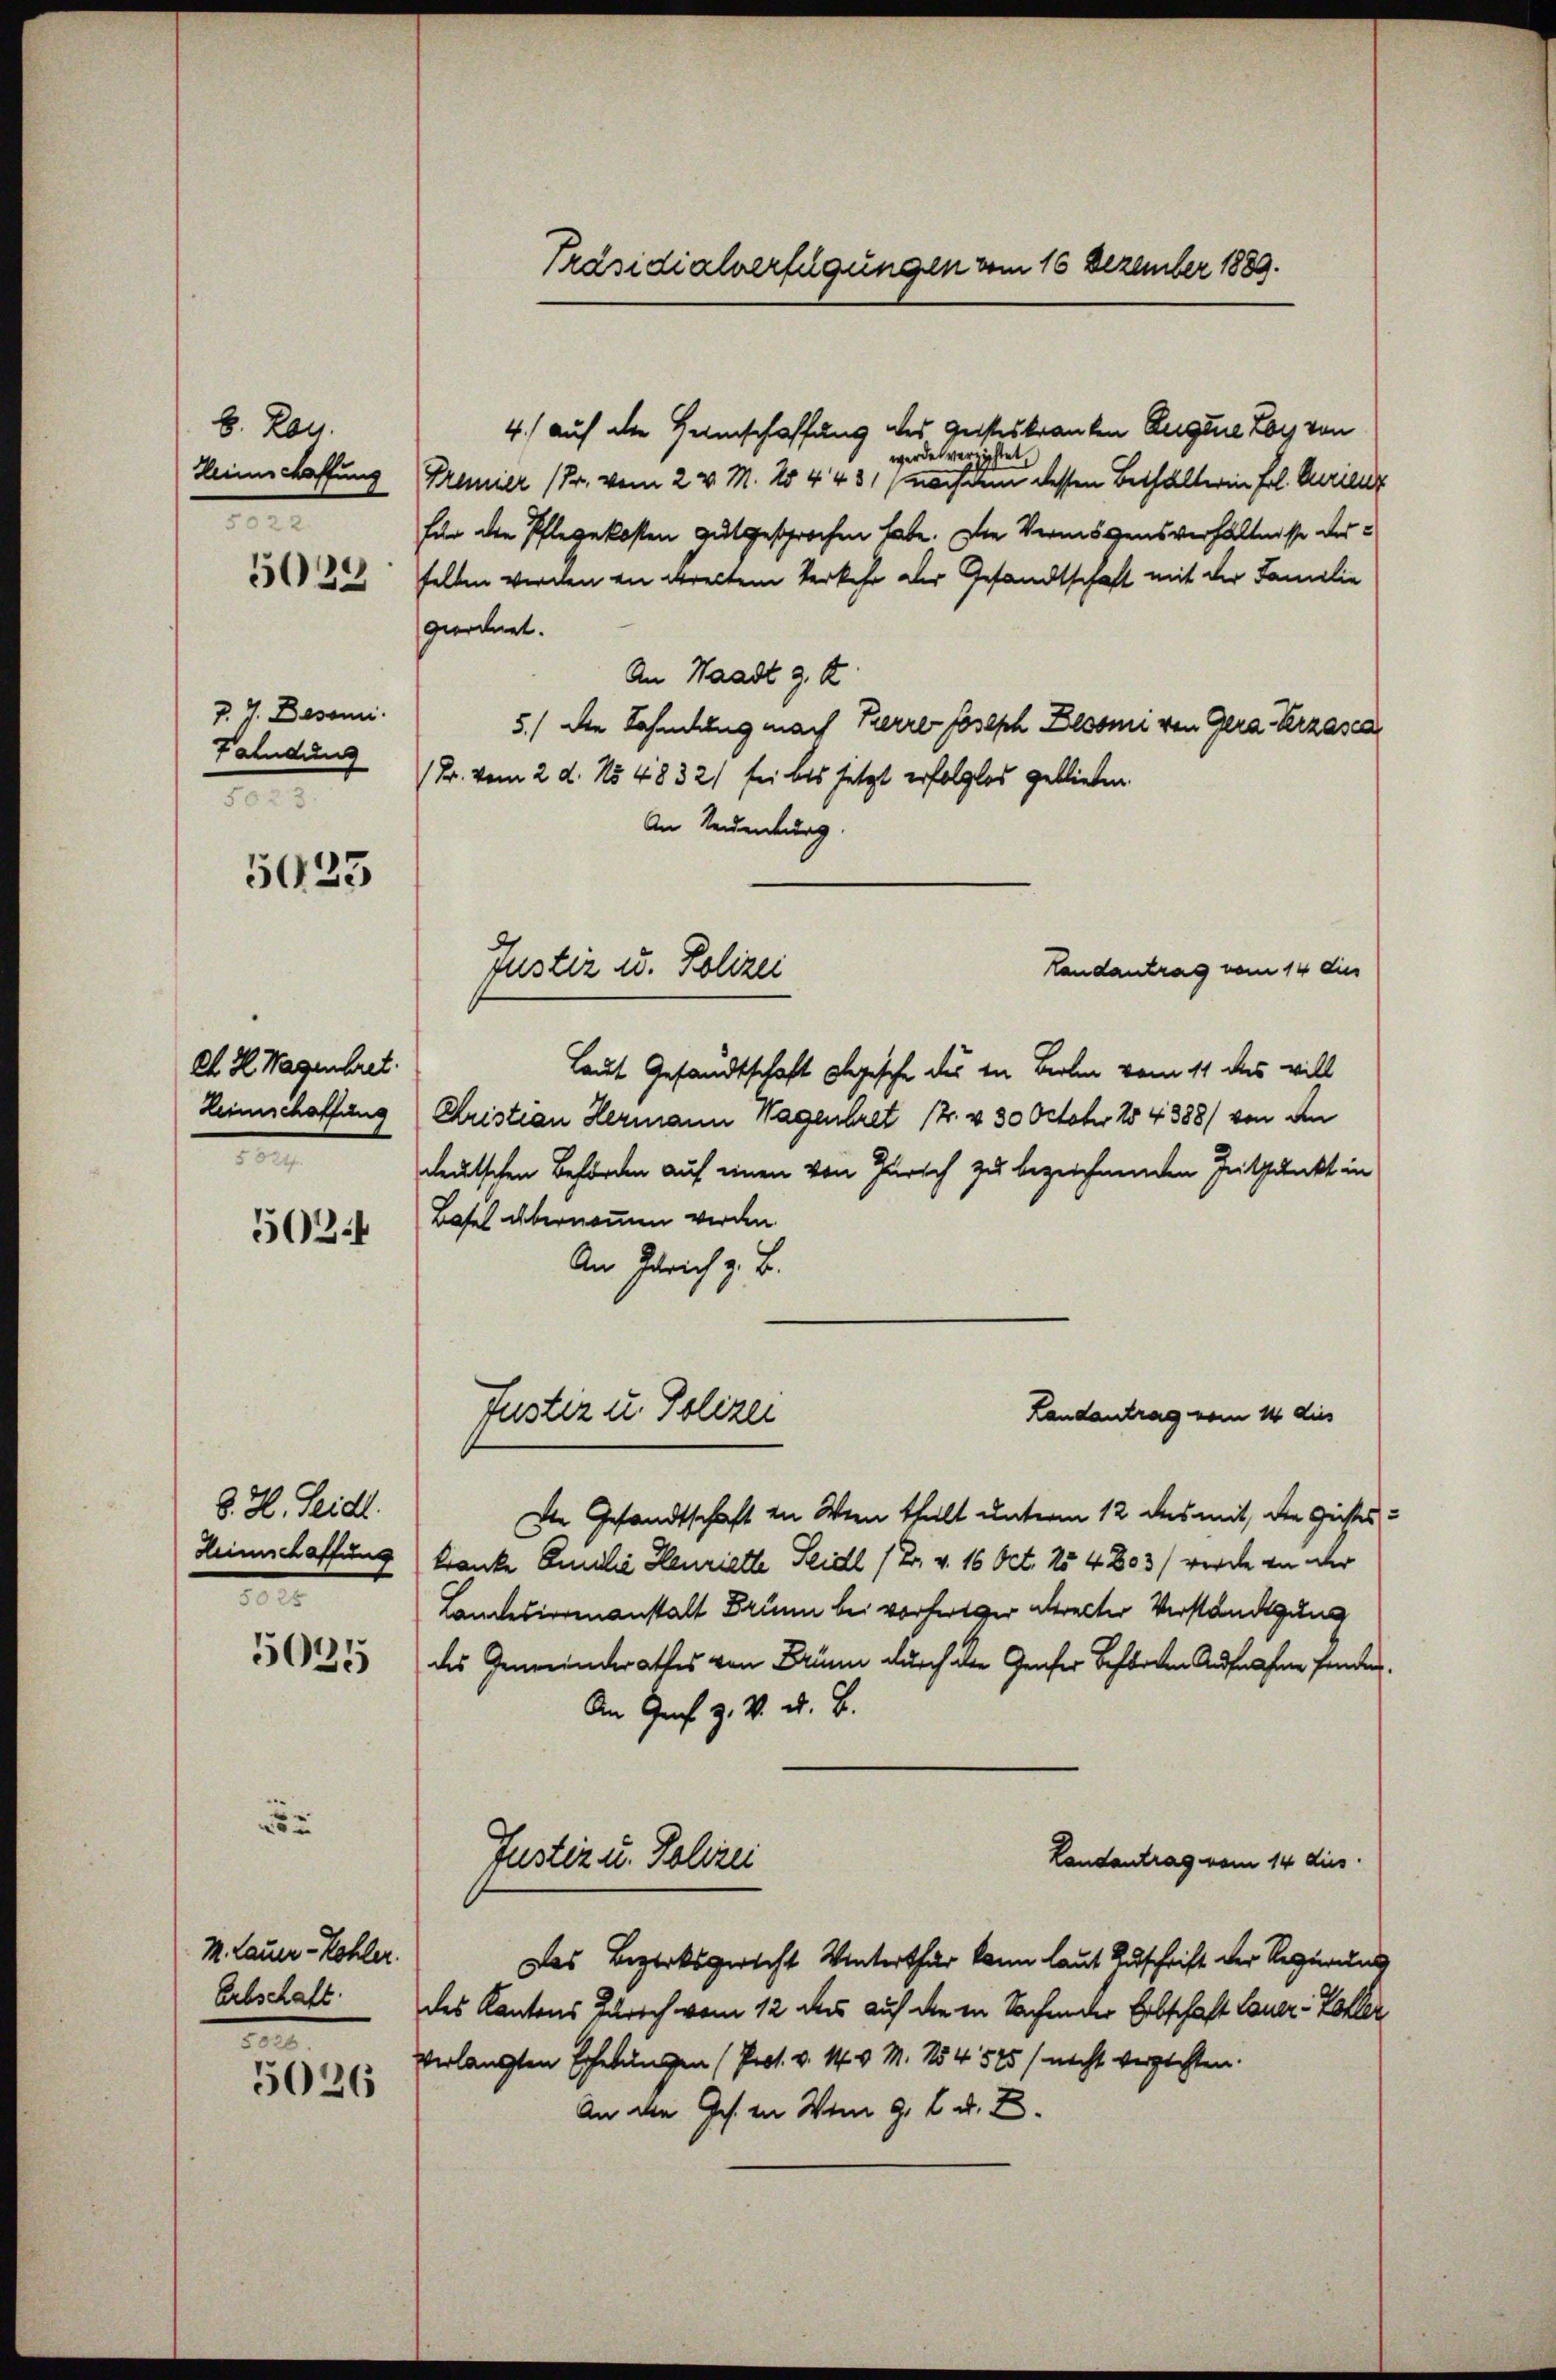
b. Lan
Heimschaffung
5029

Z. 4. Besonni.
Fahndung
e

5925

d. H. Wagenbret.
Leimschaffung
e

502

8. H. Seidl.
Heimschaffung
2

5035

M. Lauer- Kohler.
Erbschaft.
e

5026

Präsidialverfügungen vom 16 Dezember 1889.

4.) auf die Heimschaffung des Geisteskranken Augene Los von
werde verzichtet,
Premier (Fr. vom 2. v. M. No 443 (nach dem dessen Bethalterin Frl. Purieur
für die Pflegekosten gutgesprochen habe. Die Vermögensverhältnisse derselben werden in deretten Verkehr der Gesandtschaft mit der Familie
geordnet.
An Waadt 9. A
5.) Die Fahndung nach Herrer Joseph Besonne von Gera Herzasca
(Fr. vom 2. d. No 4832) sei bis jetzt erfolglos geblieben.
An Neuenburg.
Laut Gesandtschaft ologische des in Berlin vom 11 das will
Cristian Hermann Wagenbret 12. v. 30 October 184388/ von den
deutschen Behörden auf einen von Zürich zu bezeichnenden Zeitpunkt in
Basel übernommen werden.
An Zürich z. B.
Justiz u. Polizei
Landantrag vom 14 dies
Die Gesandtschaft in Wern theilt unterm 12 des mit, die Geistes
kranke Emilie Henriette Seidl (2. v. 16 Oct. 154803) werde an der
Landesirrenanstalt Brunn bei vorfertiger altracter Verständigung
des Generenderathes von Brünn durch der Genfer beförden Aufnahme fanden
An Ges. Z. V. d. B.
Justiz u. Polizei
Landantrag vom 14 dies
Das Bezirksgericht Winterthur kann laut Zuschrift der Regierung
des Kantons Zürich vom 12 des auf die in Sachender Erbschaft lauer-Zoller
verlangten Erhebungen (Pros. v. M. v. M. 154. 575 / nicht verzichten.
An den Ges. in Wem 9. d. d. E

Justiz u. Polizei

Handantrag vom 14 dies